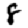
Digit: 8